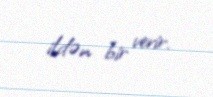
ildən bir verir.